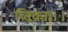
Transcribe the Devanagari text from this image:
ब्दिकाः।।